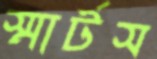
স্মার্টস